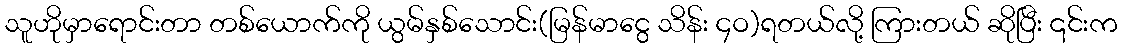
သူဟိုမှာရောင်းတာ တစ်ယောက်ကို ယွမ်နှစ်သောင်း(မြန်မာငွေ သိန်း ၄ဝ)ရတယ်လို့ ကြားတယ် ဆိုပြီး ၎င်းက